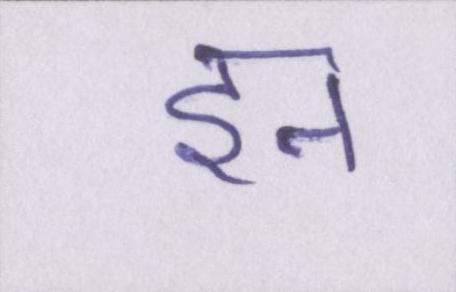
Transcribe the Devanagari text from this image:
इन